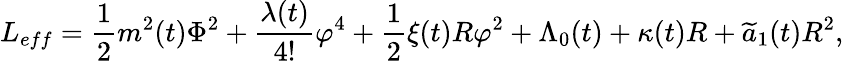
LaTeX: L_{eff}=\frac{1}{2}m^{2}(t)\Phi^{2}+\frac{\lambda(t)}{4!}\varphi^{4}+\frac{1}{2}\xi(t)R\varphi^{2}+\Lambda_{0}(t)+\kappa(t)R+\widetilde{a}_{1}(t)R^{2},